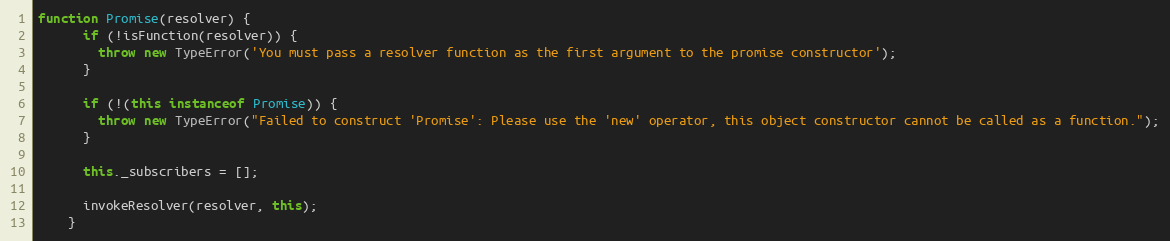
Language: JavaScript
function Promise(resolver) {
      if (!isFunction(resolver)) {
        throw new TypeError('You must pass a resolver function as the first argument to the promise constructor');
      }

      if (!(this instanceof Promise)) {
        throw new TypeError("Failed to construct 'Promise': Please use the 'new' operator, this object constructor cannot be called as a function.");
      }

      this._subscribers = [];

      invokeResolver(resolver, this);
    }